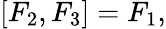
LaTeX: [F_{2},F_{3}]=F_{1},